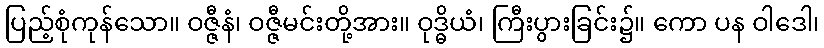
ပြည့်စုံကုန်သော။ ဝဇ္ဇီနံ၊ ဝဇ္ဇီမင်းတို့အား။ ဝုဒ္ဓိယံ၊ ကြီးပွားခြင်း၌။ ကော ပန ဝါဒေါ၊